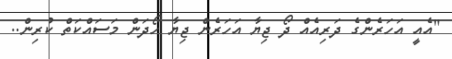
"އެއީ އަހަރެންގެ ދަރިއެއް ދޯ ޖިޔާ އަހަރެން ޖިޔާ ހޯދަން މަސައްކަތް ކުރިން..